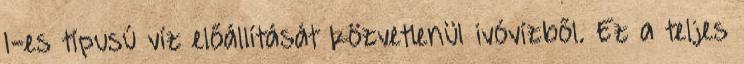
1-es típusú víz előállítását közvetlenül ivóvízből. Ez a teljes